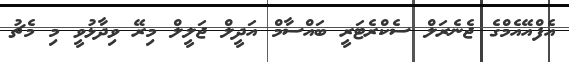
އެފްއޭއެމްގެ ޖެނެރަލް ސެކްރެޓަރީ ބައްސާމް އަދީލް ޖަލީލް މިރޭ ވިދާޅުވީ މި މެޗު